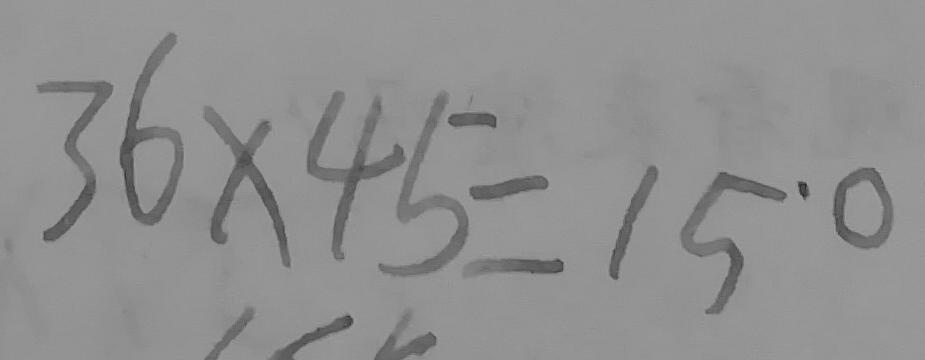
3 6 \times 4 5 = 1 5 0